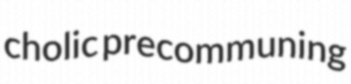
cholic precommuning